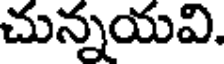
చున్నయవి.